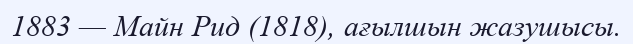
1883 — Майн Рид (1818), ағылшын жазушысы.